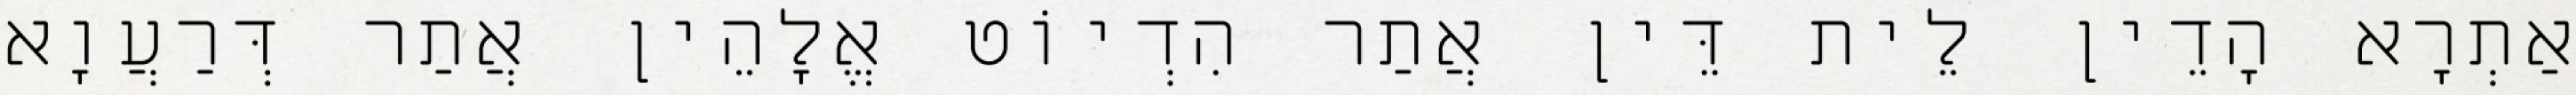
אַתְרָא הָדֵין לֵית דֵּין אֲתַר הִדְיוֹט אֱלָהֵין אֲתַר דְּרַעֲוָא